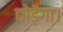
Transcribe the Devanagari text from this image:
छोड़ेगा।